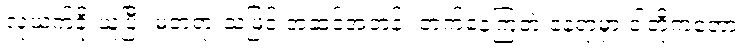
လုယက်ခိုးယူပြီး မတရားသဖြင့် အဆင့်အတန်း တက်နေကြတဲ့ နေရာမှာ ငါတို့ကတော့